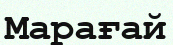
Марағай